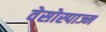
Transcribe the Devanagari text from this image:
वेसोस्पाज्म